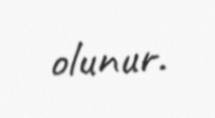
olunur.